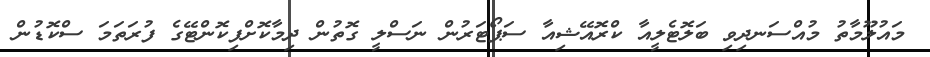
މައުލޫމާތު މުއްސަނދިވި ބަލޮޓެލީއާ ކްރޮއޭޝިއާ ސަޕޯޓަރުން ނަސްލީ ގޮތުން ދިމާކޮށްފިކޮންޓޭގެ ފުރަތަމަ ސްކޮޑުން